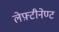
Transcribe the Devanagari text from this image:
लेफ़्टीनेण्ट